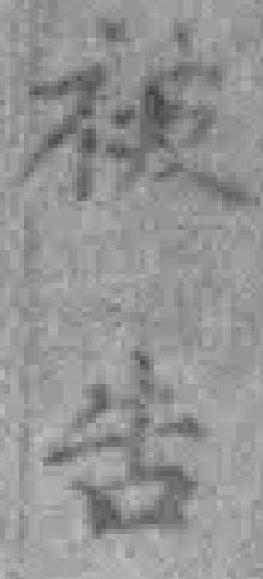
被告